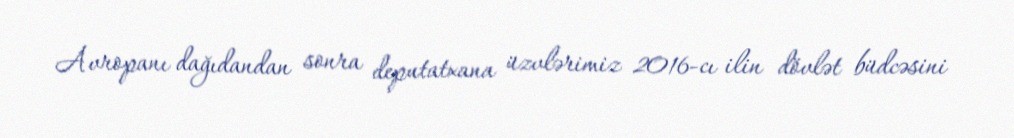
Avropanı dağıdandan sonra deputatxana üzvlərimiz 2016-cı ilin dövlət büdcəsini